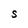
Character: S